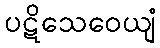
ပဋိသေဝေယျံ